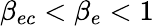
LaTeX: \beta_{ec}<\beta_{e}<1